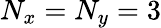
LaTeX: N_{x}=N_{y}=3